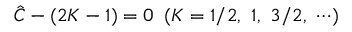
{ \hat { C } } - ( 2 K - 1 ) = 0 \ \left( K = 1 / 2 , \ 1 , \ 3 / 2 , \ \cdots \right)